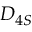
D _ { 4 S }